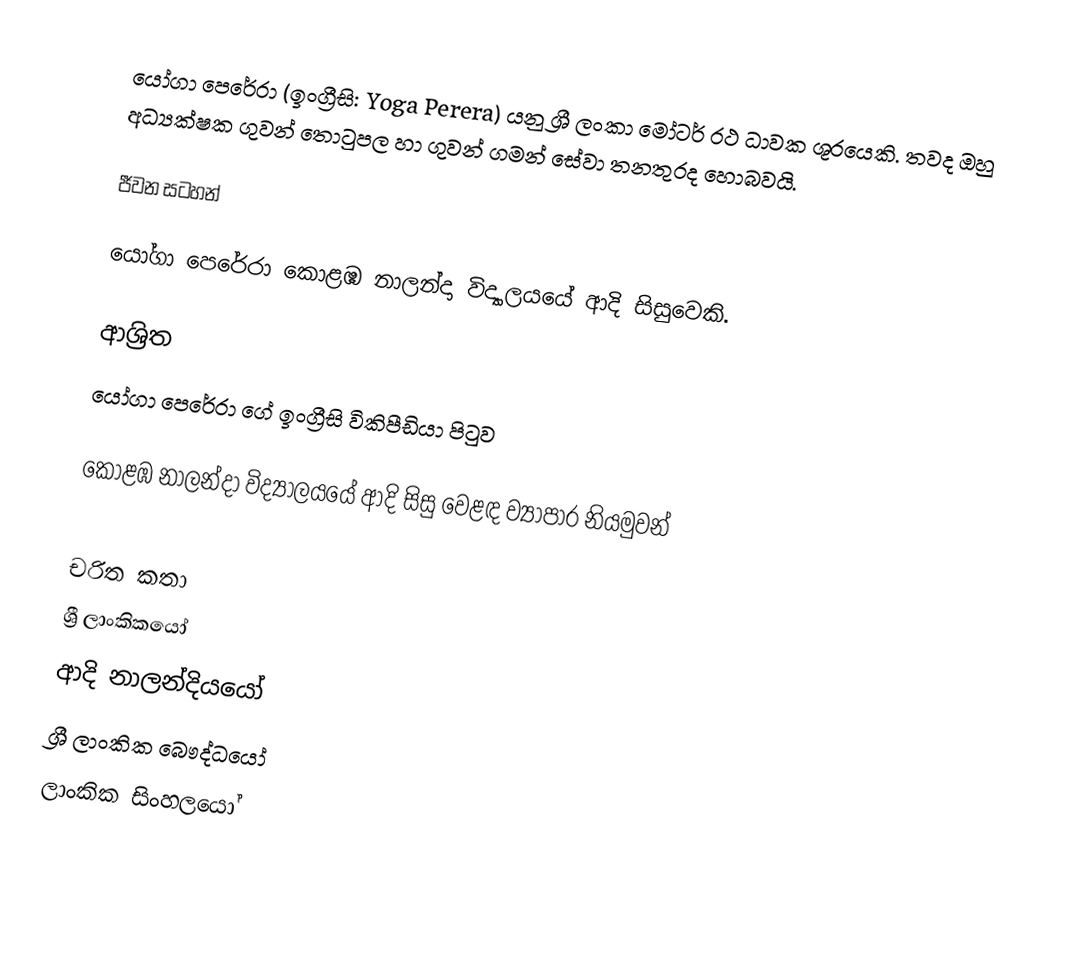
යෝගා පෙරේරා (ඉංග්‍රීසි: Yoga Perera) යනු  ශ්‍රී ලංකා මෝටර් රථ ධාවක ශූරයෙකි. තවද ඔහු අධ්‍යක්ෂක ගුවන් තොටුපල හා ගුවන් ගමන් සේවා තනතුරද හොබවයි.

ජීවන සටහන්

යෝගා පෙරේරා  කොළඹ නාලන්දා විද්‍යාලයයේ ආදි සිසුවෙකි.

ආශ්‍රිත
  යෝගා පෙරේරා ගේ ඉංග්‍රීසි විකිපීඩියා පිටුව

 කොළඹ නාලන්දා විද්‍යාලයයේ ආදි සිසු වෙළඳ ව්‍යාපාර නියමුවන්

චරිත කතා
ශ්‍රී ලාංකිකයෝ
ආදි නාලන්දියයෝ
ශ්‍රී ලාංකික බෞද්ධයෝ
ලාංකික සිංහලයෝ